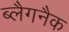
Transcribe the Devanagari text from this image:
ब्लैगनैक